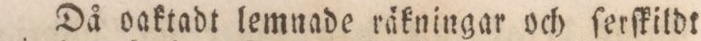
Då oaktadt lemnade räkningar och ſerſkildt